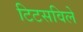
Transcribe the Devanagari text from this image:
टिटसविले